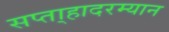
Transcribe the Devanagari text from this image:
सप्ता्हादरम्यान